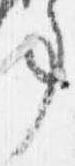
事